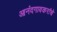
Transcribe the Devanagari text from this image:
आनंदगावकरांचे